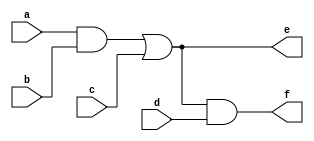
module gateExample( 
    a, b, c, d,
    e, f);
  input wire a;
  input wire b;
  input wire c;
  input wire d;
  output wire e;
  output wire f;
  wire g;
  assign g = a & b;
  assign e = g | c; 
  assign f = e & d;

endmodule